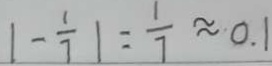
\vert - \frac { 1 } { 7 } \vert = \frac { 1 } { 7 } \approx 0 . 1